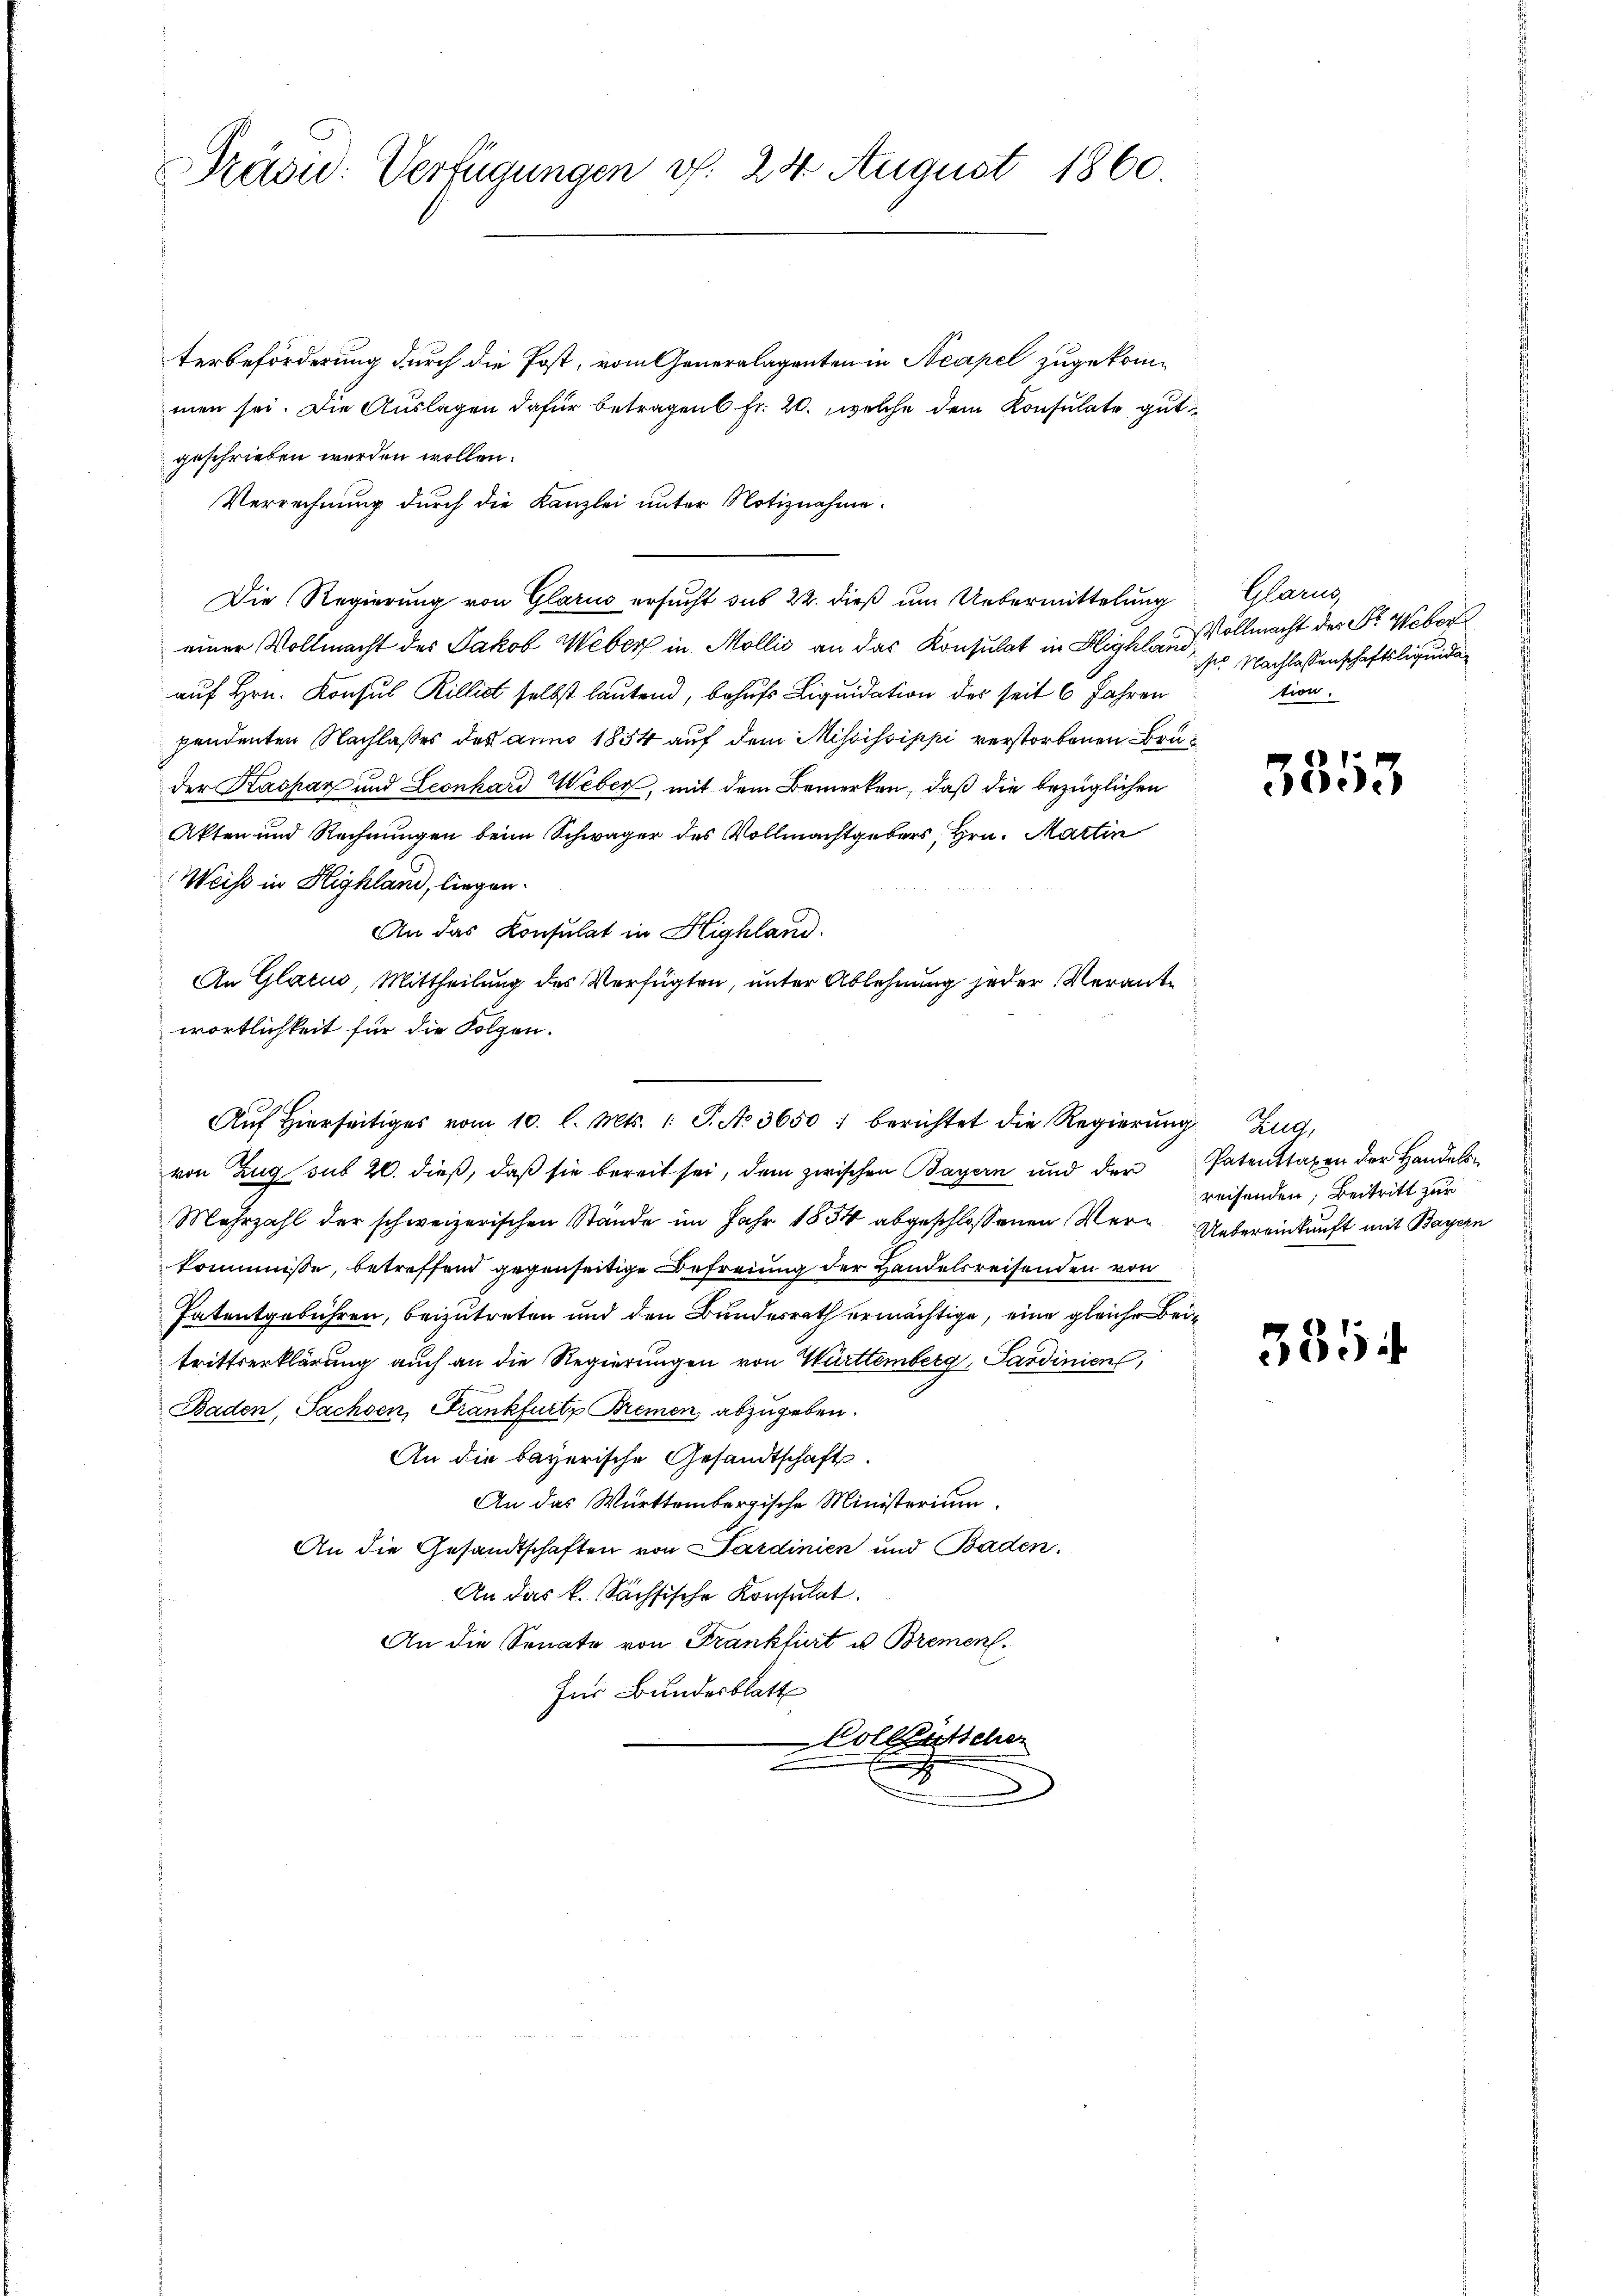
Präsid: Verfügungen v. 24 August 1860.

terbeförderung durch die Post, vom Generalagenten in Neapel zugekommen sei. Die Auslagen dafür betragen Fr. 20., welche dem Konsulate gut
geschrieben werden wollen.
Verrechnung durch die Kanzlei unter Notiznahme.
Die Regierung von Glarus ersucht sub 22. dieß um Uebermittelung
einer Vollmacht des Jakob Weber in Mollis an das Konsulat in Highland,
auf Hrn. Konsul Rillist selbst lautend, behufs Liquidation des seit 6 Jahren
pendenten Nachlasses des anno 1854 auf dem Mississippi verstorbenen Bruder Kaspar und Leonhard Weber, mit dem Bemerken, daß die bezüglichen
Akten und Rechnungen beim Schwager des Vollmachtgebers, Hrn. Martin
Weise in Highland, liegen.
An das Konsulat in Highland.
An Glatus, Mittheilung des Verfügten, unter Ablehnung jeder Verantwortlichkeit für die Folgen.
Aŭf Hierseitiges vom 10. l. Mts. 1. P. No 3650 : berichtet die Regierŭng Zug,
von Zug sub 20. dieß, daß sie bereit sei, dem zwischen Bayern und der Patenttaxen der Handelbe
Mehrzahl der schweizerischen Stände im Jahr 1854 abgeschlossenen Mer¬ Uebereinkunft mit Bayern
kommnisse, betreffend gegenseitige Befreiung der Handelsreisenden von
Patentgebühren, beizutreten und den Bundesrath ermächtige, eine gleiche Beitrittserklärung auch an die Regierungen von Württemberg, Sardinien,
Baden, Sachsen, Frankfurtz Bremen, abzugeben.
An die bayerische Gesandtschaft.
An das Württembergische Ministerium
An die Gesandtschaften von Sardinien und Baden.
An das k. Sächsische Konsulat
An die Senate von Frankfurt u Bremen¬
Zur Bundesblatt
 Collischen
2

Glarus,
Vollmacht des Sr. Weber
d Nachlassenschaftsliquida
tion.

5355

reisenden, Beitritt zur

335.